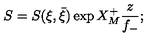
S = S ( \xi , \bar { \xi } ) \exp X _ { M } ^ { + } \frac { z } { f _ { - } } ;